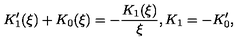
K _ { 1 } ^ { \prime } ( \xi ) + K _ { 0 } ( \xi ) = - \frac { K _ { 1 } ( \xi ) } { \xi } , K _ { 1 } = - K _ { 0 } ^ { \prime } ,